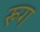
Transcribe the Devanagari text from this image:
रूग